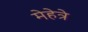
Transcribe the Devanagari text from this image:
मेहेत्रे